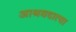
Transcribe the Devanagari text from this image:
आश्रयदात्या